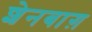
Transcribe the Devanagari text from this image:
शेनबाग़